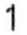
1